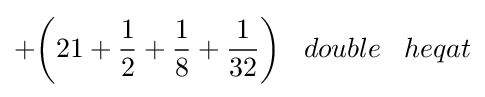
+{\bigg (}21+{\frac {1}{2}}+{\frac {1}{8}}+{\frac {1}{32}}{\bigg )}\;\;\;double\;\;\;heqat